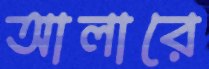
আলারে